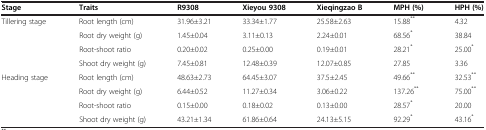
<table><thead><tr><td><b>Stage</b></td><td><b>Traits</b></td><td><b>R9308</b></td><td><b>Xieyou 9308</b></td><td><b>Xieqingzao B</b></td><td><b>MPH (%)</b></td><td><b>HPH (%)</b></td></tr></thead><tbody><tr><td>Tillering stage</td><td>Root length (cm)</td><td>31.96±3.21</td><td>33.34±1.77</td><td>25.58±2.63</td><td>15.88<sup>**</sup></td><td>4.32</td></tr><tr><td> </td><td>Root dry weight (g)</td><td>1.45±0.04</td><td>3.11±0.13</td><td>2.24±0.01</td><td>68.56<sup>*</sup></td><td>38.84</td></tr><tr><td> </td><td>Root-shoot ratio</td><td>0.20±0.02</td><td>0.25±0.00</td><td>0.19±0.01</td><td>28.21<sup>*</sup></td><td>25.00<sup>*</sup></td></tr><tr><td> </td><td>Shoot dry weight (g)</td><td>7.45±0.81</td><td>12.48±0.39</td><td>12.07±0.85</td><td>27.85</td><td>3.36</td></tr><tr><td>Heading stage</td><td>Root length (cm)</td><td>48.63±2.73</td><td>64.45±3.07</td><td>37.5±2.45</td><td>49.66<sup>**</sup></td><td>32.53<sup>**</sup></td></tr><tr><td> </td><td>Root dry weight (g)</td><td>6.44±0.52</td><td>11.27±0.34</td><td>3.06±0.22</td><td>137.26<sup>**</sup></td><td>75.00<sup>**</sup></td></tr><tr><td> </td><td>Root-shoot ratio</td><td>0.15±0.00</td><td>0.18±0.02</td><td>0.13±0.00</td><td>28.57<sup>*</sup></td><td>20.00</td></tr><tr><td> </td><td>Shoot dry weight (g)</td><td>43.21±1.34</td><td>61.86±0.64</td><td>24.13±5.15</td><td>92.29<sup>*</sup></td><td>43.16<sup>*</sup></td></tr></tbody></table>